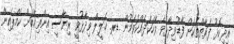
އިދިކޮޅު ފަރާތްތަކަށް ފާޑުވިދާޅުވެ ވާހަކަދައްކަވަމުން ޑރ. ޚަލީލް ވިދާޅުވީ ރިޔާސީ އިންތިޚާބަށް ކެމްޕެއިން